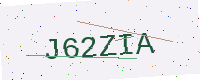
Text: J62ZIA